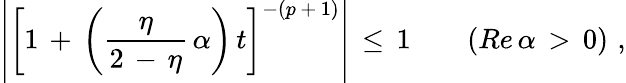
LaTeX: \left|\left[1\, +\, \left(\frac{\eta}{2\, -\, \eta}\, \alpha\right)\, t\right]^{-(p\, +\, 1)}\right|\, \leq\, 1\qquad(Re\, \alpha\, >\, 0)\, \, ,